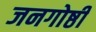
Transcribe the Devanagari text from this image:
जनगोष्ठी